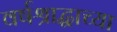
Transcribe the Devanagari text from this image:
वर्षश्राद्धाच्या